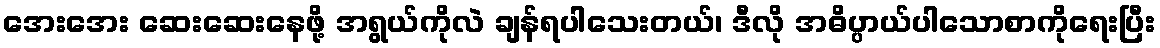
အေးအေး ဆေးဆေးနေဖို့ အရွယ်ကိုလဲ ချန်ရပါသေးတယ်၊ ဒီလို အဓိပ္ပာယ်ပါသောစာကိုရေးပြီး